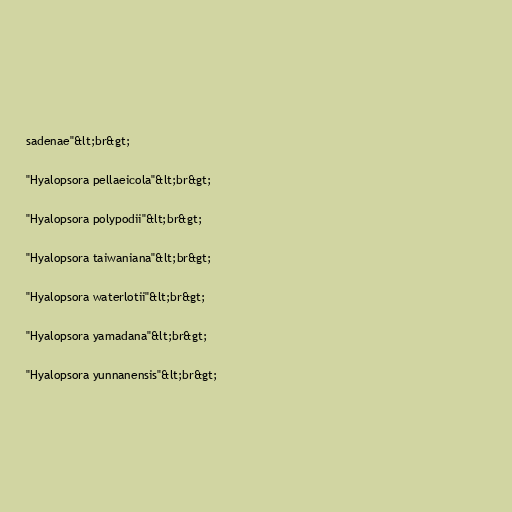
sadenae"&lt;br&gt;

"Hyalopsora pellaeicola"&lt;br&gt;

"Hyalopsora polypodii"&lt;br&gt;

"Hyalopsora taiwaniana"&lt;br&gt;

"Hyalopsora waterlotii"&lt;br&gt;

"Hyalopsora yamadana"&lt;br&gt;

"Hyalopsora yunnanensis"&lt;br&gt;